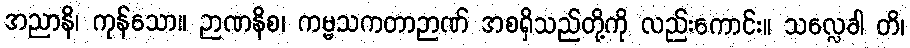
အညာနိ၊ ကုန်သော။ ဉာဏနိစ၊ ကမ္မသကတာဉာဏ် အစရှိသည်တို့ကို လည်းကောင်း။ သလ္လေခါ တိ၊